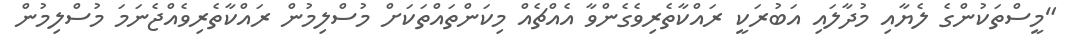
"މީސްތަކުންގެ ލެޔާއި މުދާލައި އަބުރަކީ ރައްކާތެރިވެގެންވާ އެއްޗެއް މިކަންތައްތަކަށް މުސްލިމުން ރައްކާތެރިވެއްޖެނަމަ މުސްލިމުން